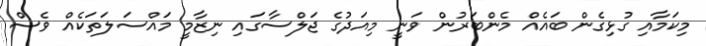
މިކަމާއި ގުޅިގެން ބައެއް މެންބަރުން ވަނީ މިއަދުގެ ޖަލްސާގައި ނިޒާމީ މައްސަލަތަކެއް ވެސް